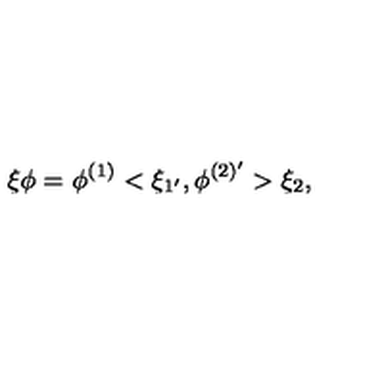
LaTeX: \xi \phi = \phi ^ { ( 1 ) } < \xi _ { 1 ^ { \prime } } , \phi ^ { ( 2 ) ^ { \prime } } > \xi _ { 2 } ,